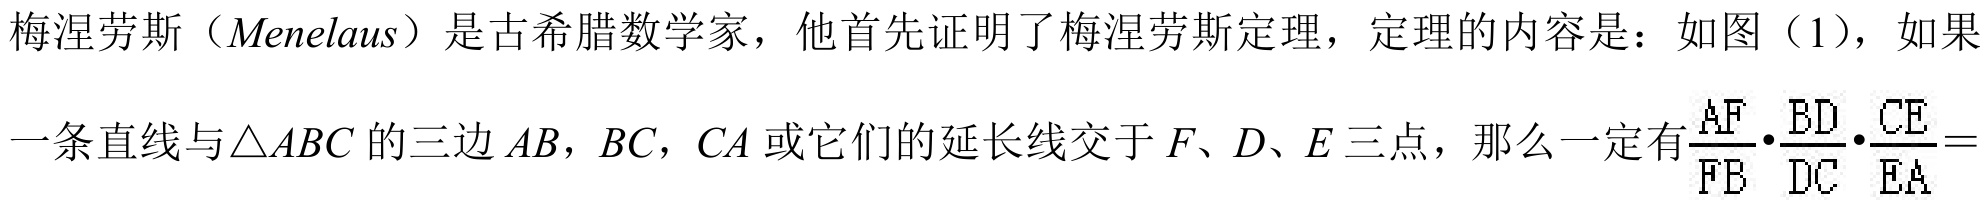
梅涅劳斯（\(Menelaus\)）是古希腊数学家，他首先证明了梅涅劳斯定理，定理的内容是：如图（1），如果一条直线与\(\triangle ABC\) 的三边 \(AB\)，\(BC\)，\(CA\) 或它们的延长线交于 \(F\)、\(D\)、\(E\) 三点，那么一定有\(\frac{AF}{FB}\cdot\frac{BD}{DC}\cdot\frac{CE}{EA}= \)